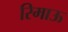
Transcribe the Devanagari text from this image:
रिमाऊ